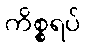
ကိစ္စရပ်